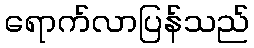
ရောက်လာပြန်သည်